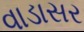
વાડાસર